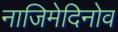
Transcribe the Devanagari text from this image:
नाजिमेदिनोव